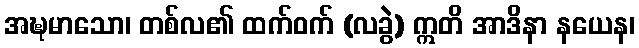
အဍ္ဎမာသော၊ တစ်လ၏ ထက်ဝက် (လခွဲ) ဣတိ အာဒိနာ နယေန၊